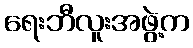
ရေးဘီလူးအဖွဲ့က